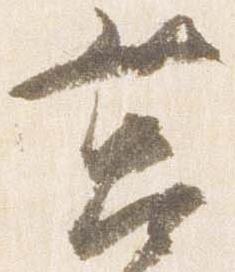
筥